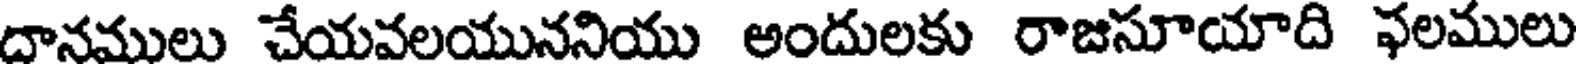
దానములు చేయవలయుననియు అందులకు రాజసూయాది ఫలములు